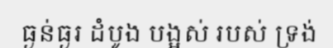
ធ្ងន់ធ្ងរ ដំបូង បង្អស់ របស់ ទ្រង់